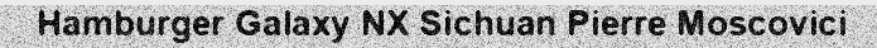
Hamburger Galaxy NX Sichuan Pierre Moscovici